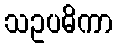
သဥပဓိကာ